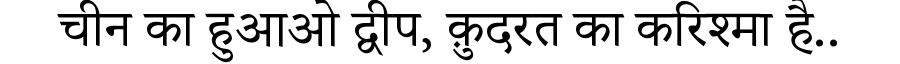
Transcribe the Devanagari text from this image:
चीन का हुआओ द्वीप, क़ुदरत का करिश्मा है..